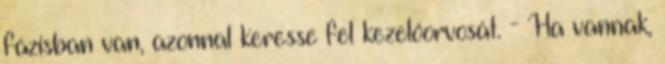
fázisban van, azonnal keresse fel kezelőorvosát. - Ha vannak,